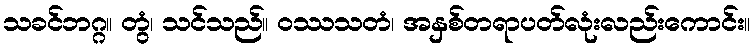
သခင်ဘဂ္ဂ။ တွံ၊ သင်သည်။ ဝဿသတံ၊ အနှစ်တရာပတ်လုံးလည်းကောင်း။